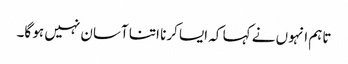
تاہم انہوں نے کہا کہ ایسا کرنا اتنا آسان نہیں ہو گا۔